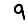
Digit: 9